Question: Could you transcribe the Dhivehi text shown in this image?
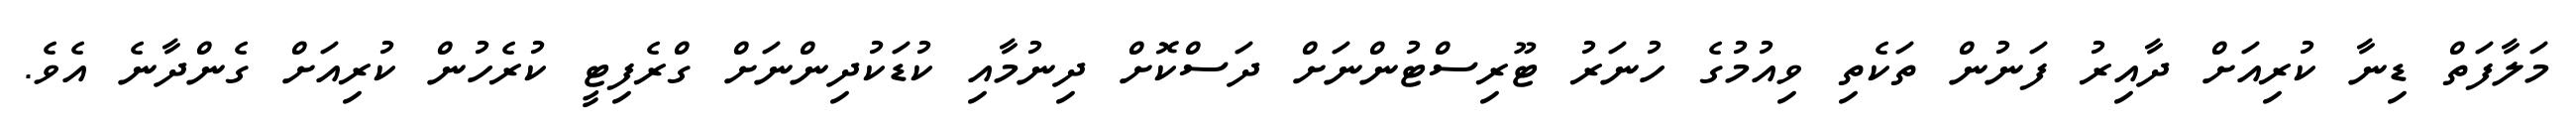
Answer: މަލާފަތް ޑިނާ ކުރިއަށް ދާއިރު ފަނުން ތަކެތި ވިއުމުގެ ހުނަރު ޓޫރިސްޓުންނަށް ދަސްކޮށް ދިނުމާއި ކުޑަކުދިންނަށް ގްރެފިޓީ ކުރެހުން ކުރިއަށް ގެންދާނެ އެވެ.